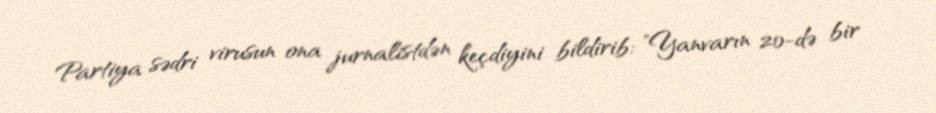
Partiya sədri virusun ona jurnalistdən keçdiyini bildirib: "Yanvarın 20-də bir